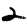
Digit: 2